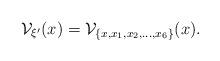
LaTeX: \begin{align*}\mathcal V_{\xi'}(x) = \mathcal V_{\{x, x_1, x_2, \ldots, x_6 \}}(x).\end{align*}